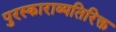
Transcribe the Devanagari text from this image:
पुरस्काराव्यतिरिक्त